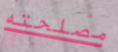
مصلحته